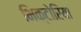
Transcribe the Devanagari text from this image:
भिक्टोरिया